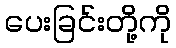
ပေးခြင်းတို့ကို